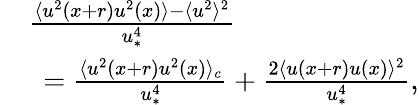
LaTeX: \begin{array}{rl}&{\frac{\langle u^{2}(x+r)u^{2}(x)\rangle-\langle u^{2}\rangle^{2}}{u_{\ast}^{4}}}\\ &{\ =\frac{\langle u^{2}(x+r)u^{2}(x)\rangle_{c}}{u_{\ast}^{4}}+\frac{2\langle u(x+r)u(x)\rangle^{2}}{u_{\ast}^{4}},}\end{array}